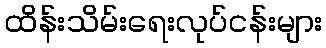
ထိန်းသိမ်းရေးလုပ်ငန်းများ